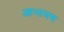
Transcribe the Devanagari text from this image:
आभामय